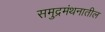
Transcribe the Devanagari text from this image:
समुद्रमंथनातील